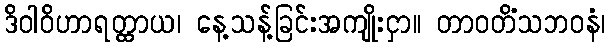
ဒိဝါဝိဟာရတ္ထာယ၊ နေ့သန့်ခြင်းအကျိုးငှာ။ တာဝတိံသဘဝနံ၊